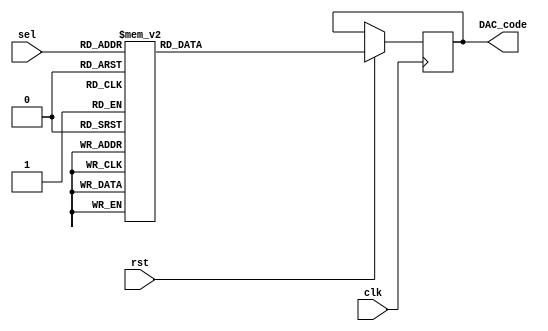
module sin_lut(
    input clk,
    input rst,
    input [8:0] sel,
    output [15:0] DAC_code
    );
    
    reg [15:0] DAC_code;
    
    always @ (posedge clk)
        begin
            if (rst == 1'b0)
                begin 
                end
            else 
                begin
                    case (sel)
                        9'd0   : DAC_code = 16'h0000;
                        9'd1   : DAC_code = 16'h01C8;
                        9'd2   : DAC_code = 16'h0390;
                        9'd3   : DAC_code = 16'h0558;
                        9'd4   : DAC_code = 16'h0724;
                        9'd5   : DAC_code = 16'h08EC;
                        9'd6   : DAC_code = 16'h0AB0;
                        9'd7   : DAC_code = 16'h0C78;
                        9'd8   : DAC_code = 16'h0E3C;
                        9'd9   : DAC_code = 16'h1004;
                        9'd10  : DAC_code = 16'h11C4;
                        9'd11  : DAC_code = 16'h1388;
                        9'd12  : DAC_code = 16'h1548;
                        9'd13  : DAC_code = 16'h1708;
                        9'd14  : DAC_code = 16'h18C4;
                        9'd15  : DAC_code = 16'h1A7C;
                        9'd16  : DAC_code = 16'h1C38;
                        9'd17  : DAC_code = 16'h1DEC;
                        9'd18  : DAC_code = 16'h1FA0;
                        9'd19  : DAC_code = 16'h2154;
                        9'd20  : DAC_code = 16'h2304;
                        9'd21  : DAC_code = 16'h24B0;
                        9'd22  : DAC_code = 16'h2658;
                        9'd23  : DAC_code = 16'h2800;
                        9'd24  : DAC_code = 16'h29A4;
                        9'd25  : DAC_code = 16'h2B44;
                        9'd26  : DAC_code = 16'h2CE0;
                        9'd27  : DAC_code = 16'h2E78;
                        9'd28  : DAC_code = 16'h3010;
                        9'd29  : DAC_code = 16'h31A0;
                        9'd30  : DAC_code = 16'h3330;
                        9'd31  : DAC_code = 16'h34B8;
                        9'd32  : DAC_code = 16'h3640;
                        9'd33  : DAC_code = 16'h37C0;
                        9'd34  : DAC_code = 16'h3940;
                        9'd35  : DAC_code = 16'h3AB8;
                        9'd36  : DAC_code = 16'h3C2C;
                        9'd37  : DAC_code = 16'h3D9C;
                        9'd38  : DAC_code = 16'h3F08;
                        9'd39  : DAC_code = 16'h406C;
                        9'd40  : DAC_code = 16'h41D0;
                        9'd41  : DAC_code = 16'h432C;
                        9'd42  : DAC_code = 16'h4480;
                        9'd43  : DAC_code = 16'h45D0;
                        9'd44  : DAC_code = 16'h471C;
                        9'd45  : DAC_code = 16'h4864;
                        9'd46  : DAC_code = 16'h49A4;
                        9'd47  : DAC_code = 16'h4AE0;
                        9'd48  : DAC_code = 16'h4C14;
                        9'd49  : DAC_code = 16'h4D44;
                        9'd50  : DAC_code = 16'h4E6C;
                        9'd51  : DAC_code = 16'h4F90;
                        9'd52  : DAC_code = 16'h50AC;
                        9'd53  : DAC_code = 16'h51C4;
                        9'd54  : DAC_code = 16'h52D4;
                        9'd55  : DAC_code = 16'h53DC;
                        9'd56  : DAC_code = 16'h54E0;
                        9'd57  : DAC_code = 16'h55DC;
                        9'd58  : DAC_code = 16'h56D4;
                        9'd59  : DAC_code = 16'h57C0;
                        9'd60  : DAC_code = 16'h58A8;
                        9'd61  : DAC_code = 16'h598C;
                        9'd62  : DAC_code = 16'h5A64;
                        9'd63  : DAC_code = 16'h5B38;
                        9'd64  : DAC_code = 16'h5C04;
                        9'd65  : DAC_code = 16'h5CC8;
                        9'd66  : DAC_code = 16'h5D88;
                        9'd67  : DAC_code = 16'h5E3C;
                        9'd68  : DAC_code = 16'h5EEC;
                        9'd69  : DAC_code = 16'h5F94;
                        9'd70  : DAC_code = 16'h6034;
                        9'd71  : DAC_code = 16'h60CC;
                        9'd72  : DAC_code = 16'h6160;
                        9'd73  : DAC_code = 16'h61E8;
                        9'd74  : DAC_code = 16'h6268;
                        9'd75  : DAC_code = 16'h62E4;
                        9'd76  : DAC_code = 16'h6358;
                        9'd77  : DAC_code = 16'h63C0;
                        9'd78  : DAC_code = 16'h6424;
                        9'd79  : DAC_code = 16'h6480;
                        9'd80  : DAC_code = 16'h64D4;
                        9'd81  : DAC_code = 16'h6520;
                        9'd82  : DAC_code = 16'h6564;
                        9'd83  : DAC_code = 16'h659C;
                        9'd84  : DAC_code = 16'h65D0;
                        9'd85  : DAC_code = 16'h65FC;
                        9'd86  : DAC_code = 16'h6620;
                        9'd87  : DAC_code = 16'h663C;
                        9'd88  : DAC_code = 16'h6650;
                        9'd89  : DAC_code = 16'h665C;
                        9'd90  : DAC_code = 16'h6660;
                        9'd91  : DAC_code = 16'h665C;
                        9'd92  : DAC_code = 16'h6650;
                        9'd93  : DAC_code = 16'h663C;
                        9'd94  : DAC_code = 16'h6620;
                        9'd95  : DAC_code = 16'h65FC;
                        9'd96  : DAC_code = 16'h65D0;
                        9'd97  : DAC_code = 16'h659C;
                        9'd98  : DAC_code = 16'h6564;
                        9'd99  : DAC_code = 16'h6520;
                        9'd100 : DAC_code = 16'h64D4;
                        9'd101 : DAC_code = 16'h6480;
                        9'd102 : DAC_code = 16'h6424;
                        9'd103 : DAC_code = 16'h63C0;
                        9'd104 : DAC_code = 16'h6358;
                        9'd105 : DAC_code = 16'h62E4;
                        9'd106 : DAC_code = 16'h6268;
                        9'd107 : DAC_code = 16'h61E8;
                        9'd108 : DAC_code = 16'h6160;
                        9'd109 : DAC_code = 16'h60CC;
                        9'd110 : DAC_code = 16'h6034;
                        9'd111 : DAC_code = 16'h5F94;
                        9'd112 : DAC_code = 16'h5EEC;
                        9'd113 : DAC_code = 16'h5E3C;
                        9'd114 : DAC_code = 16'h5D88;
                        9'd115 : DAC_code = 16'h5CC8;
                        9'd116 : DAC_code = 16'h5C04;
                        9'd117 : DAC_code = 16'h5B38;
                        9'd118 : DAC_code = 16'h5A64;
                        9'd119 : DAC_code = 16'h598C;
                        9'd120 : DAC_code = 16'h58A8;
                        9'd121 : DAC_code = 16'h57C0;
                        9'd122 : DAC_code = 16'h56D4;
                        9'd123 : DAC_code = 16'h55DC;
                        9'd124 : DAC_code = 16'h54E0;
                        9'd125 : DAC_code = 16'h53DC;
                        9'd126 : DAC_code = 16'h52D4;
                        9'd127 : DAC_code = 16'h51C4;
                        9'd128 : DAC_code = 16'h50AC;
                        9'd129 : DAC_code = 16'h4F90;
                        9'd130 : DAC_code = 16'h4E6C;
                        9'd131 : DAC_code = 16'h4D44;
                        9'd132 : DAC_code = 16'h4C14;
                        9'd133 : DAC_code = 16'h4AE0;
                        9'd134 : DAC_code = 16'h49A4;
                        9'd135 : DAC_code = 16'h4864;
                        9'd136 : DAC_code = 16'h471C;
                        9'd137 : DAC_code = 16'h45D0;
                        9'd138 : DAC_code = 16'h4480;
                        9'd139 : DAC_code = 16'h432C;
                        9'd140 : DAC_code = 16'h41D0;
                        9'd141 : DAC_code = 16'h406C;
                        9'd142 : DAC_code = 16'h3F08;
                        9'd143 : DAC_code = 16'h3D9C;
                        9'd144 : DAC_code = 16'h3C2C;
                        9'd145 : DAC_code = 16'h3AB8;
                        9'd146 : DAC_code = 16'h3940;
                        9'd147 : DAC_code = 16'h37C0;
                        9'd148 : DAC_code = 16'h3640;
                        9'd149 : DAC_code = 16'h34B8;
                        9'd150 : DAC_code = 16'h3330;
                        9'd151 : DAC_code = 16'h31A0;
                        9'd152 : DAC_code = 16'h3010;
                        9'd153 : DAC_code = 16'h2E78;
                        9'd154 : DAC_code = 16'h2CE0;
                        9'd155 : DAC_code = 16'h2B44;
                        9'd156 : DAC_code = 16'h29A4;
                        9'd157 : DAC_code = 16'h2800;
                        9'd158 : DAC_code = 16'h2658;
                        9'd159 : DAC_code = 16'h24B0;
                        9'd160 : DAC_code = 16'h2304;
                        9'd161 : DAC_code = 16'h2154;
                        9'd162 : DAC_code = 16'h1FA0;
                        9'd163 : DAC_code = 16'h1DEC;
                        9'd164 : DAC_code = 16'h1C38;
                        9'd165 : DAC_code = 16'h1A7C;
                        9'd166 : DAC_code = 16'h18C4;
                        9'd167 : DAC_code = 16'h1708;
                        9'd168 : DAC_code = 16'h1548;
                        9'd169 : DAC_code = 16'h1388;
                        9'd170 : DAC_code = 16'h11C4;
                        9'd171 : DAC_code = 16'h1004;
                        9'd172 : DAC_code = 16'h0E3C;
                        9'd173 : DAC_code = 16'h0C78;
                        9'd174 : DAC_code = 16'h0AB0;
                        9'd175 : DAC_code = 16'h08EC;
                        9'd176 : DAC_code = 16'h0724;
                        9'd177 : DAC_code = 16'h0558;
                        9'd178 : DAC_code = 16'h0390;
                        9'd179 : DAC_code = 16'h01C8;
                        9'd180 : DAC_code = 16'h0000;
                        9'd181 : DAC_code = 16'hFE37;
                        9'd182 : DAC_code = 16'hFC6F;
                        9'd183 : DAC_code = 16'hFAA7;
                        9'd184 : DAC_code = 16'hF8DB;
                        9'd185 : DAC_code = 16'hF713;
                        9'd186 : DAC_code = 16'hF54F;
                        9'd187 : DAC_code = 16'hF387;
                        9'd188 : DAC_code = 16'hF1C3;
                        9'd189 : DAC_code = 16'hEFFB;
                        9'd190 : DAC_code = 16'hEE3B;
                        9'd191 : DAC_code = 16'hEC77;
                        9'd192 : DAC_code = 16'hEAB7;
                        9'd193 : DAC_code = 16'hE8F7;
                        9'd194 : DAC_code = 16'hE73B;
                        9'd195 : DAC_code = 16'hE583;
                        9'd196 : DAC_code = 16'hE3C7;
                        9'd197 : DAC_code = 16'hE213;
                        9'd198 : DAC_code = 16'hE05F;
                        9'd199 : DAC_code = 16'hDEAB;
                        9'd200 : DAC_code = 16'hDCFB;
                        9'd201 : DAC_code = 16'hDB4F;
                        9'd202 : DAC_code = 16'hD9A7;
                        9'd203 : DAC_code = 16'hD7FF;
                        9'd204 : DAC_code = 16'hD65B;
                        9'd205 : DAC_code = 16'hD4BB;
                        9'd206 : DAC_code = 16'hD31F;
                        9'd207 : DAC_code = 16'hD187;
                        9'd208 : DAC_code = 16'hCFEF;
                        9'd209 : DAC_code = 16'hCE5F;
                        9'd210 : DAC_code = 16'hCCCF;
                        9'd211 : DAC_code = 16'hCB47;
                        9'd212 : DAC_code = 16'hC9BF;
                        9'd213 : DAC_code = 16'hC83F;
                        9'd214 : DAC_code = 16'hC6BF;
                        9'd215 : DAC_code = 16'hC547;
                        9'd216 : DAC_code = 16'hC3D3;
                        9'd217 : DAC_code = 16'hC263;
                        9'd218 : DAC_code = 16'hC0F7;
                        9'd219 : DAC_code = 16'hBF93;
                        9'd220 : DAC_code = 16'hBE2F;
                        9'd221 : DAC_code = 16'hBCD3;
                        9'd222 : DAC_code = 16'hBB7F;
                        9'd223 : DAC_code = 16'hBA2F;
                        9'd224 : DAC_code = 16'hB8E3;
                        9'd225 : DAC_code = 16'hB79B;
                        9'd226 : DAC_code = 16'hB65B;
                        9'd227 : DAC_code = 16'hB51F;
                        9'd228 : DAC_code = 16'hB3EB;
                        9'd229 : DAC_code = 16'hB2BB;
                        9'd230 : DAC_code = 16'hB193;
                        9'd231 : DAC_code = 16'hB06F;
                        9'd232 : DAC_code = 16'hAF53;
                        9'd233 : DAC_code = 16'hAE3B;
                        9'd234 : DAC_code = 16'hAD2B;
                        9'd235 : DAC_code = 16'hAC23;
                        9'd236 : DAC_code = 16'hAB1F;
                        9'd237 : DAC_code = 16'hAA23;
                        9'd238 : DAC_code = 16'hA92B;
                        9'd239 : DAC_code = 16'hA83F;
                        9'd240 : DAC_code = 16'hA757;
                        9'd241 : DAC_code = 16'hA673;
                        9'd242 : DAC_code = 16'hA59B;
                        9'd243 : DAC_code = 16'hA4C7;
                        9'd244 : DAC_code = 16'hA3FB;
                        9'd245 : DAC_code = 16'hA337;
                        9'd246 : DAC_code = 16'hA277;
                        9'd247 : DAC_code = 16'hA1C3;
                        9'd248 : DAC_code = 16'hA113;
                        9'd249 : DAC_code = 16'hA06B;
                        9'd250 : DAC_code = 16'h9FCB;
                        9'd251 : DAC_code = 16'h9F33;
                        9'd252 : DAC_code = 16'h9E9F;
                        9'd253 : DAC_code = 16'h9E17;
                        9'd254 : DAC_code = 16'h9D97;
                        9'd255 : DAC_code = 16'h9D1B;
                        9'd256 : DAC_code = 16'h9CA7;
                        9'd257 : DAC_code = 16'h9C3F;
                        9'd258 : DAC_code = 16'h9BDB;
                        9'd259 : DAC_code = 16'h9B7F;
                        9'd260 : DAC_code = 16'h9B2B;
                        9'd261 : DAC_code = 16'h9ADF;
                        9'd262 : DAC_code = 16'h9A9B;
                        9'd263 : DAC_code = 16'h9A63;
                        9'd264 : DAC_code = 16'h9A2F;
                        9'd265 : DAC_code = 16'h9A03;
                        9'd266 : DAC_code = 16'h99DF;
                        9'd267 : DAC_code = 16'h99C3;
                        9'd268 : DAC_code = 16'h99AF;
                        9'd269 : DAC_code = 16'h99A3;
                        9'd270 : DAC_code = 16'h999F;
                        9'd271 : DAC_code = 16'h99A3;
                        9'd272 : DAC_code = 16'h99AF;
                        9'd273 : DAC_code = 16'h99C3;
                        9'd274 : DAC_code = 16'h99DF;
                        9'd275 : DAC_code = 16'h9A03;
                        9'd276 : DAC_code = 16'h9A2F;
                        9'd277 : DAC_code = 16'h9A63;
                        9'd278 : DAC_code = 16'h9A9B;
                        9'd279 : DAC_code = 16'h9ADF;
                        9'd280 : DAC_code = 16'h9B2B;
                        9'd281 : DAC_code = 16'h9B7F;
                        9'd282 : DAC_code = 16'h9BDB;
                        9'd283 : DAC_code = 16'h9C3F;
                        9'd284 : DAC_code = 16'h9CA7;
                        9'd285 : DAC_code = 16'h9D1B;
                        9'd286 : DAC_code = 16'h9D97;
                        9'd287 : DAC_code = 16'h9E17;
                        9'd288 : DAC_code = 16'h9E9F;
                        9'd289 : DAC_code = 16'h9F33;
                        9'd290 : DAC_code = 16'h9FCB;
                        9'd291 : DAC_code = 16'hA06B;
                        9'd292 : DAC_code = 16'hA113;
                        9'd293 : DAC_code = 16'hA1C3;
                        9'd294 : DAC_code = 16'hA277;
                        9'd295 : DAC_code = 16'hA337;
                        9'd296 : DAC_code = 16'hA3FB;
                        9'd297 : DAC_code = 16'hA4C7;
                        9'd298 : DAC_code = 16'hA59B;
                        9'd299 : DAC_code = 16'hA673;
                        9'd300 : DAC_code = 16'hA757;
                        9'd301 : DAC_code = 16'hA83F;
                        9'd302 : DAC_code = 16'hA92B;
                        9'd303 : DAC_code = 16'hAA23;
                        9'd304 : DAC_code = 16'hAB1F;
                        9'd305 : DAC_code = 16'hAC23;
                        9'd306 : DAC_code = 16'hAD2B;
                        9'd307 : DAC_code = 16'hAE3B;
                        9'd308 : DAC_code = 16'hAF53;
                        9'd309 : DAC_code = 16'hB06F;
                        9'd310 : DAC_code = 16'hB193;
                        9'd311 : DAC_code = 16'hB2BB;
                        9'd312 : DAC_code = 16'hB3EB;
                        9'd313 : DAC_code = 16'hB51F;
                        9'd314 : DAC_code = 16'hB65B;
                        9'd315 : DAC_code = 16'hB79B;
                        9'd316 : DAC_code = 16'hB8E3;
                        9'd317 : DAC_code = 16'hBA2F;
                        9'd318 : DAC_code = 16'hBB7F;
                        9'd319 : DAC_code = 16'hBCD3;
                        9'd320 : DAC_code = 16'hBE2F;
                        9'd321 : DAC_code = 16'hBF93;
                        9'd322 : DAC_code = 16'hC0F7;
                        9'd323 : DAC_code = 16'hC263;
                        9'd324 : DAC_code = 16'hC3D3;
                        9'd325 : DAC_code = 16'hC547;
                        9'd326 : DAC_code = 16'hC6BF;
                        9'd327 : DAC_code = 16'hC83F;
                        9'd328 : DAC_code = 16'hC9BF;
                        9'd329 : DAC_code = 16'hCB47;
                        9'd330 : DAC_code = 16'hCCCF;
                        9'd331 : DAC_code = 16'hCE5F;
                        9'd332 : DAC_code = 16'hCFEF;
                        9'd333 : DAC_code = 16'hD187;
                        9'd334 : DAC_code = 16'hD31F;
                        9'd335 : DAC_code = 16'hD4BB;
                        9'd336 : DAC_code = 16'hD65B;
                        9'd337 : DAC_code = 16'hD7FF;
                        9'd338 : DAC_code = 16'hD9A7;
                        9'd339 : DAC_code = 16'hDB4F;
                        9'd340 : DAC_code = 16'hDCFB;
                        9'd341 : DAC_code = 16'hDEAB;
                        9'd342 : DAC_code = 16'hE05F;
                        9'd343 : DAC_code = 16'hE213;
                        9'd344 : DAC_code = 16'hE3C7;
                        9'd345 : DAC_code = 16'hE583;
                        9'd346 : DAC_code = 16'hE73B;
                        9'd347 : DAC_code = 16'hE8F7;
                        9'd348 : DAC_code = 16'hEAB7;
                        9'd349 : DAC_code = 16'hEC77;
                        9'd350 : DAC_code = 16'hEE3B;
                        9'd351 : DAC_code = 16'hEFFB;
                        9'd352 : DAC_code = 16'hF1C3;
                        9'd353 : DAC_code = 16'hF387;
                        9'd354 : DAC_code = 16'hF54F;
                        9'd355 : DAC_code = 16'hF713;
                        9'd356 : DAC_code = 16'hF8DB;
                        9'd357 : DAC_code = 16'hFAA7;
                        9'd358 : DAC_code = 16'hFC6F;
                        9'd359 : DAC_code = 16'hFE37;
                        9'd360 : DAC_code = 16'h0000;
                        default : DAC_code = 16'h0000;
                    endcase
                end
        end
    
endmodule